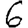
Digit: 6